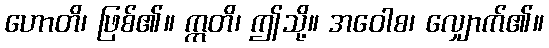
ဟောတိ၊ ဖြစ်၏။ ဣတိ၊ ဤသို့။ အဝေါစ၊ လျှောက်၏။